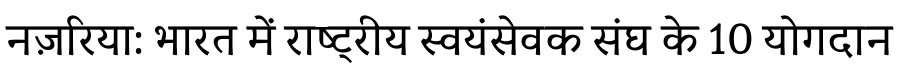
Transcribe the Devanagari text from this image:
नज़रिया: भारत में राष्ट्रीय स्वयंसेवक संघ के 10 योगदान